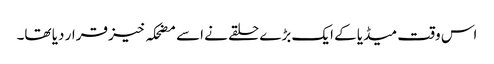
اس وقت میڈیا کے ایک بڑے حلقے نے اسے مضحکہ خیز قرار دیا تھا۔